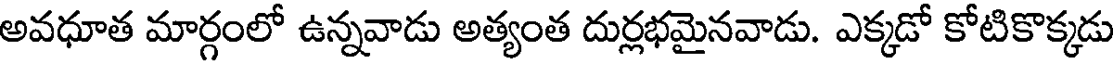
అవధూత మార్గంలో ఉన్నవాడు అత్యంత దుర్లభమైనవాడు. ఎక్కడో కోటికొక్కడు